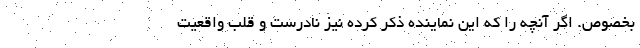
بخصوص. اگر آنچه را که این نماینده ذکر کرده نیز نادرست و قلب واقعیت